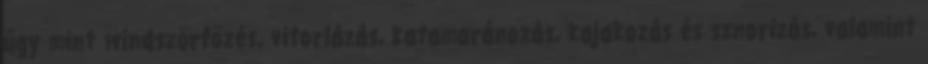
úgy mint windszörfözés, vitorlázás, katamaránozás, kajakozás és sznorizás, valamint